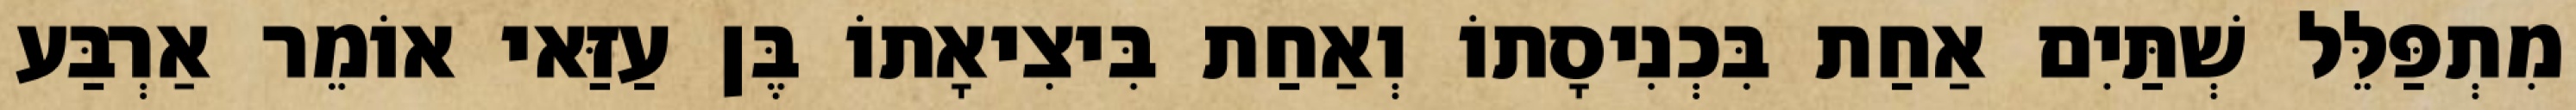
מִתְפַּלֵּל שְׁתַּיִם אַחַת בִּכְנִיסָתוֹ וְאַחַת בִּיצִיאָתוֹ בֶּן עַזַּאי אוֹמֵר אַרְבַּע